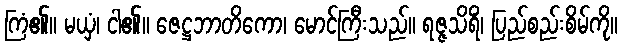
ကြံ၏။ မယှံ၊ ငါ၏။ ဇေဋ္ဌဘာတိကော၊ မောင်ကြီးသည်။ ရဇ္ဇသိရိံ၊ ပြည်စည်းစိမ်ကို။